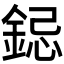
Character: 𮢁